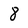
Character: 8